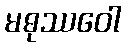
မဓုဿဝေါ